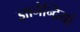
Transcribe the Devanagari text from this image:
ज्ञानेन्द्रियां